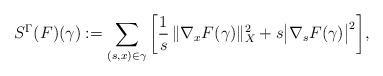
LaTeX: \begin{align*}S^\Gamma(F)(\gamma):=\sum_{(s,x)\in\gamma}\bigg[\frac1s\, \|\nabla_x F(\gamma)\|_X^2 +s\big|\nabla_s F(\gamma)\big|^2\bigg], \end{align*}